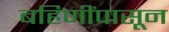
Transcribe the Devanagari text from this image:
बहिणींपासून